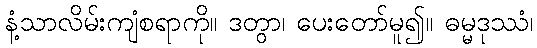
နံ့သာလိမ်းကျံစရာကို။ ဒတွာ၊ ပေးတော်မူ၍။ ဓမ္မဒုဿံ၊